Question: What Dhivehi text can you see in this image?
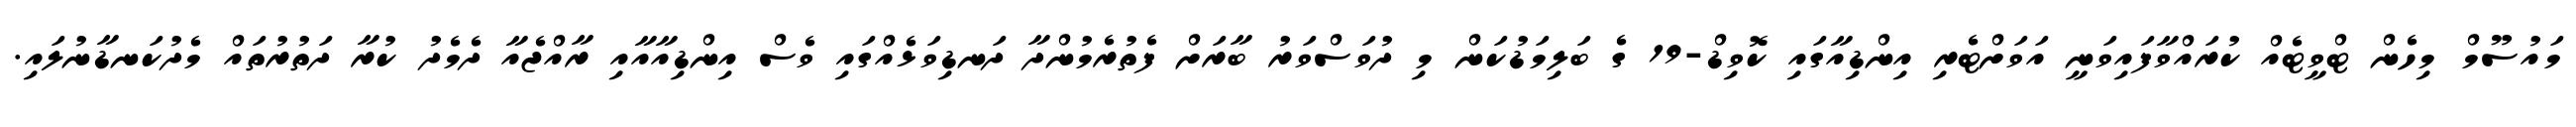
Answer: މައުސޫމް މިހެން ޓްވީޓެއް ކުރައްވާފައިވަނީ އަވަށްޓެރި އިންޑިއާގައި ކޮވިޑް-19 ގެ ބަލިމަޑުކަން މި ދުވަސްވަރު ބާރަށް ފެތުރެމުންދާ ދަނޑިވަޅެއްގައި ވެސް އިންޑިއާއާއި ރާއްޖެއާ ދެމެދު ކުރާ ދަތުރުތައް މެދުކަނޑާނުލައި.